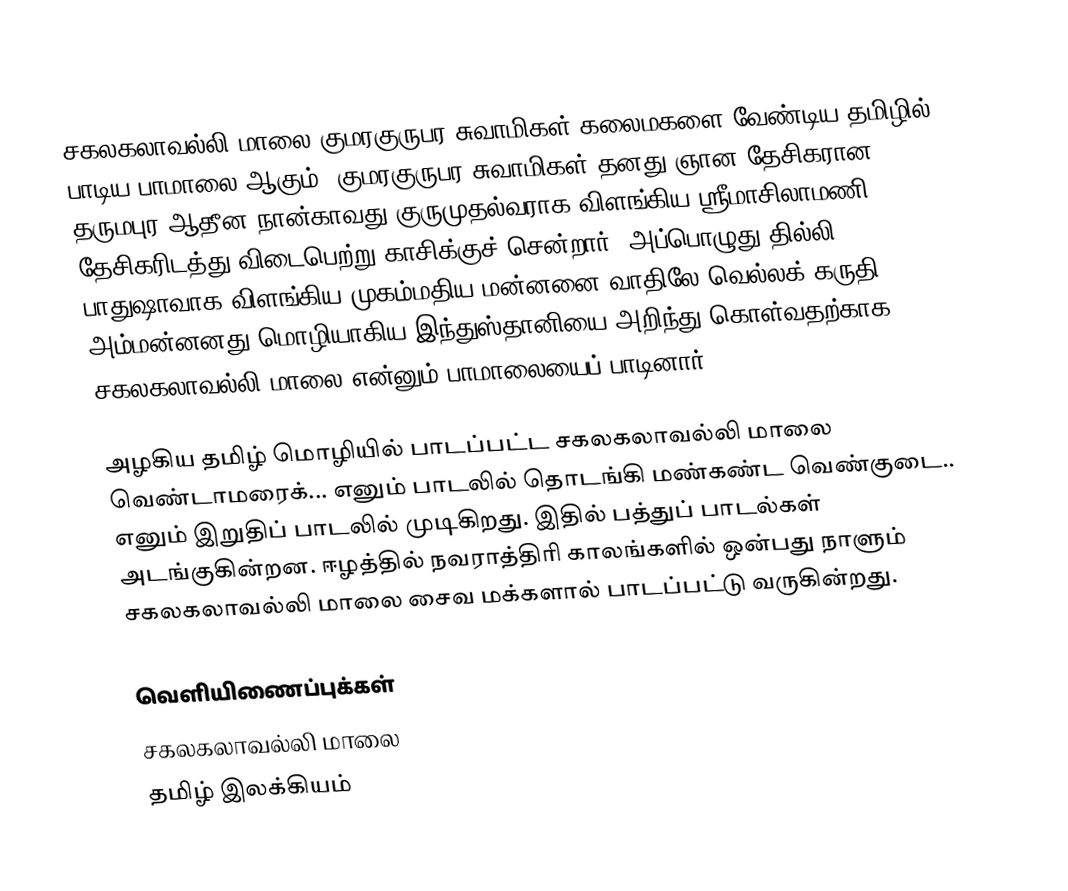
சகலகலாவல்லி மாலை குமரகுருபர சுவாமிகள் கலைமகளை வேண்டிய தமிழில் பாடிய பாமாலை ஆகும். குமரகுருபர சுவாமிகள் தனது ஞான தேசிகரான தருமபுர ஆதீன நான்காவது குருமுதல்வராக விளங்கிய ஸ்ரீமாசிலாமணி தேசிகரிடத்து விடைபெற்று காசிக்குச் சென்றார். அப்பொழுது தில்லி பாதுஷாவாக விளங்கிய முகம்மதிய மன்னனை வாதிலே வெல்லக் கருதி அம்மன்னனது மொழியாகிய இந்துஸ்தானியை அறிந்து கொள்வதற்காக சகலகலாவல்லி மாலை என்னும் பாமாலையைப் பாடினார்.

அழகிய தமிழ் மொழியில் பாடப்பட்ட சகலகலாவல்லி மாலை வெண்டாமரைக்... எனும் பாடலில் தொடங்கி மண்கண்ட வெண்குடை.. எனும் இறுதிப் பாடலில் முடிகிறது. இதில் பத்துப் பாடல்கள் அடங்குகின்றன. ஈழத்தில் நவராத்திரி காலங்களில் ஒன்பது நாளும் சகலகலாவல்லி மாலை சைவ மக்களால் பாடப்பட்டு வருகின்றது.

வெளியிணைப்புக்கள்
 சகலகலாவல்லி மாலை
தமிழ் இலக்கியம்